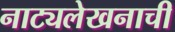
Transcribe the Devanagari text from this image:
नाट्यलेखनाची